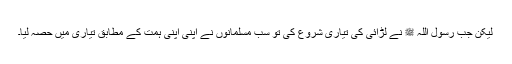
لیکن جب رسول اللہ ﷺ نے لڑائی کی تیاری شروع کی تو سب مسلمانوں نے اپنی اپنی ہمت کے مطابق تیاری میں حصہ لیا۔